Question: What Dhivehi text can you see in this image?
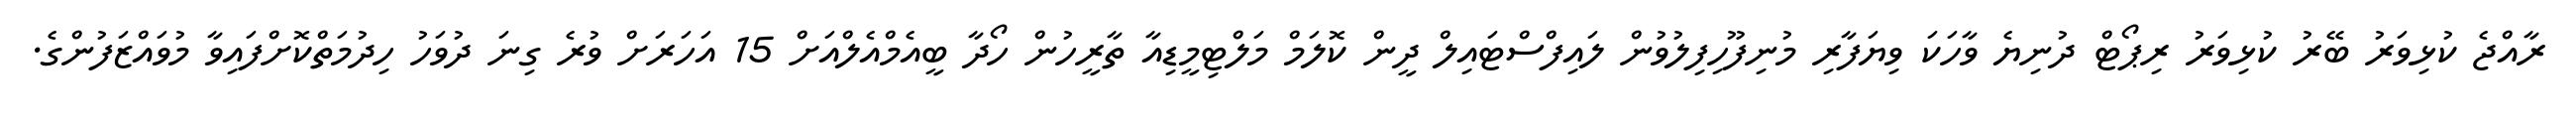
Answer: ރާއްޖެ ކުޅިވަރު ބޭރު ކުޅިވަރު ރިޕޯޓް ދުނިޔެ ވާހަކަ ވިޔަފާރި މުނިފޫހިފިލުވުން ލައިފްސްޓައިލް ދީން ކޮލަމް މަލްޓިމީޑިއާ ތާރީހުން ހޯދާ ބީއެމްއެލްއަށް 15 އަހަރަށް ވުރެ ގިނަ ދުވަހު ހިދުމަތްކޮށްފައިވާ މުވައްޒަފުންގެ.